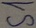
Text: S1